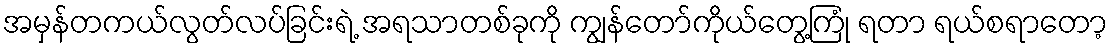
အမှန်တကယ်လွတ်လပ်ခြင်းရဲ့ အရသာတစ်ခုကို ကျွန်တော်ကိုယ်တွေ့ကြုံ ရတာ ရယ်စရာတော့